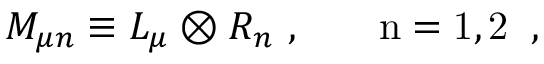
M _ { \mu n } \equiv L _ { \mu } \otimes R _ { n } ~ , ~ ~ ~ ~ ~ \mathrm { \tiny ~ n = 1 , 2 ~ } ~ ,